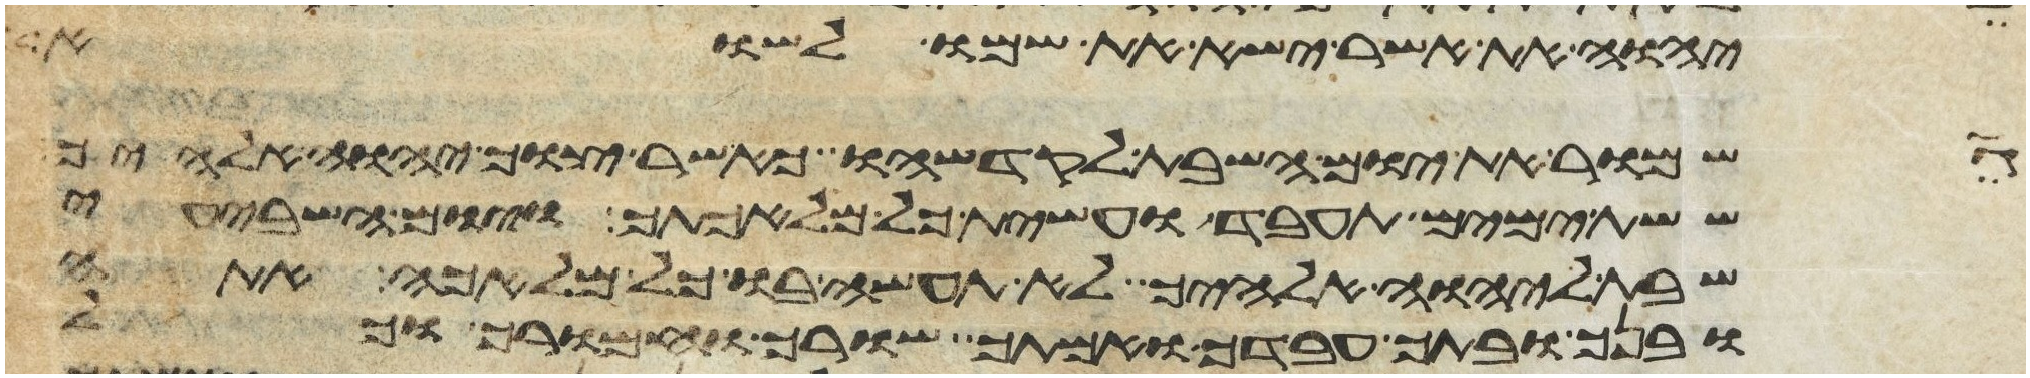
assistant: יהוה את אשר ישא את שמו לשוא
גן
שמור את יום השבת לקדשהו כאשר צוך יהוה אלהיך
ששת ימים תעבד ועשית כל מלאכתך ויום השביעי
שבת ליהוה אלהיך לא תעשה בו כל מלאכה אתה
ובנך ובתך עבדך ואמתך שורך וחמורך וכל